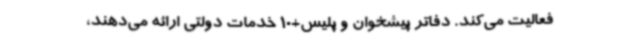
فعالیت می‌کند. دفاتر پیشخوان و پلیس+10 خدمات دولتی ارائه می‌دهند،